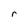
Character: r